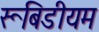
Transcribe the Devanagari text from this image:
रूबिडीयम